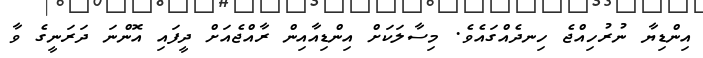
އިންޑިޔާ ނުރުހިއްޖެ ހިނދެއްގައެވެ. މިސާލަކަށް އިންޑިއާއިން ރާއްޖެއަށް ދީފައި އޮންނަ ދަރަނީގެ ވާ